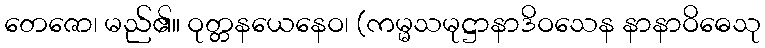
တေဇော၊ မည်၏။ ဝုတ္တနယေနေဝ၊ (ကမ္မသမုဋ္ဌာနာဒိဝသေန နာနာဝိဓေသု